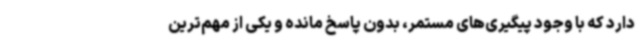
دارد که با وجود پیگیری‌های مستمر، بدون پاسخ مانده و یکی از مهم‌ترین